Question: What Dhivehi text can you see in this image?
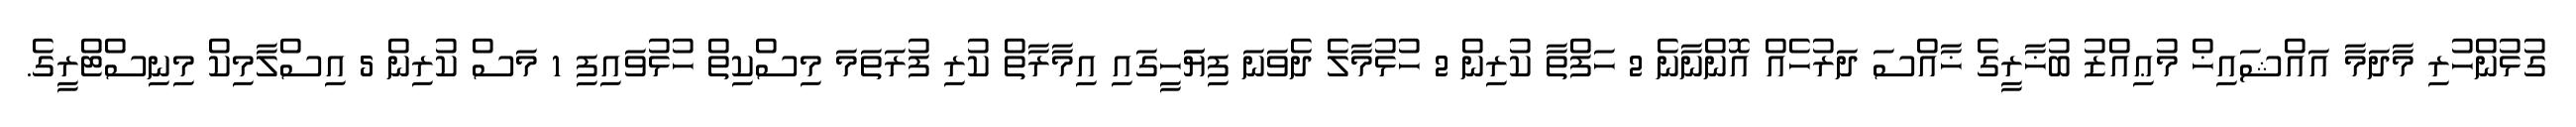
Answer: ގުޅުންހުރި މާދަމާ އައްޝައިޚް މުޢިއްޒު ބުޚާރީގެ ޚާއްސަ ދަރުހެއް އޮންނާނެ 2 ހަފްތާ ކުރިން 2 ހުޅުމާލެ ދެވަނަ ފިޔަަހީގައި އިމާރާތް ކުރި ފުރަތަމަ މިސްކިތް ހުޅުވައިފި 1 މަސް ކުރިން 5 އިސްލާމިކް މިނިސްޓްރީގެ.